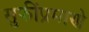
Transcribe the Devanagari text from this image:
सुफींप्रमाणे